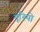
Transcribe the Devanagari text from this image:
मूरियो